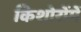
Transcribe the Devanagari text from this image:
किशोरोंमें